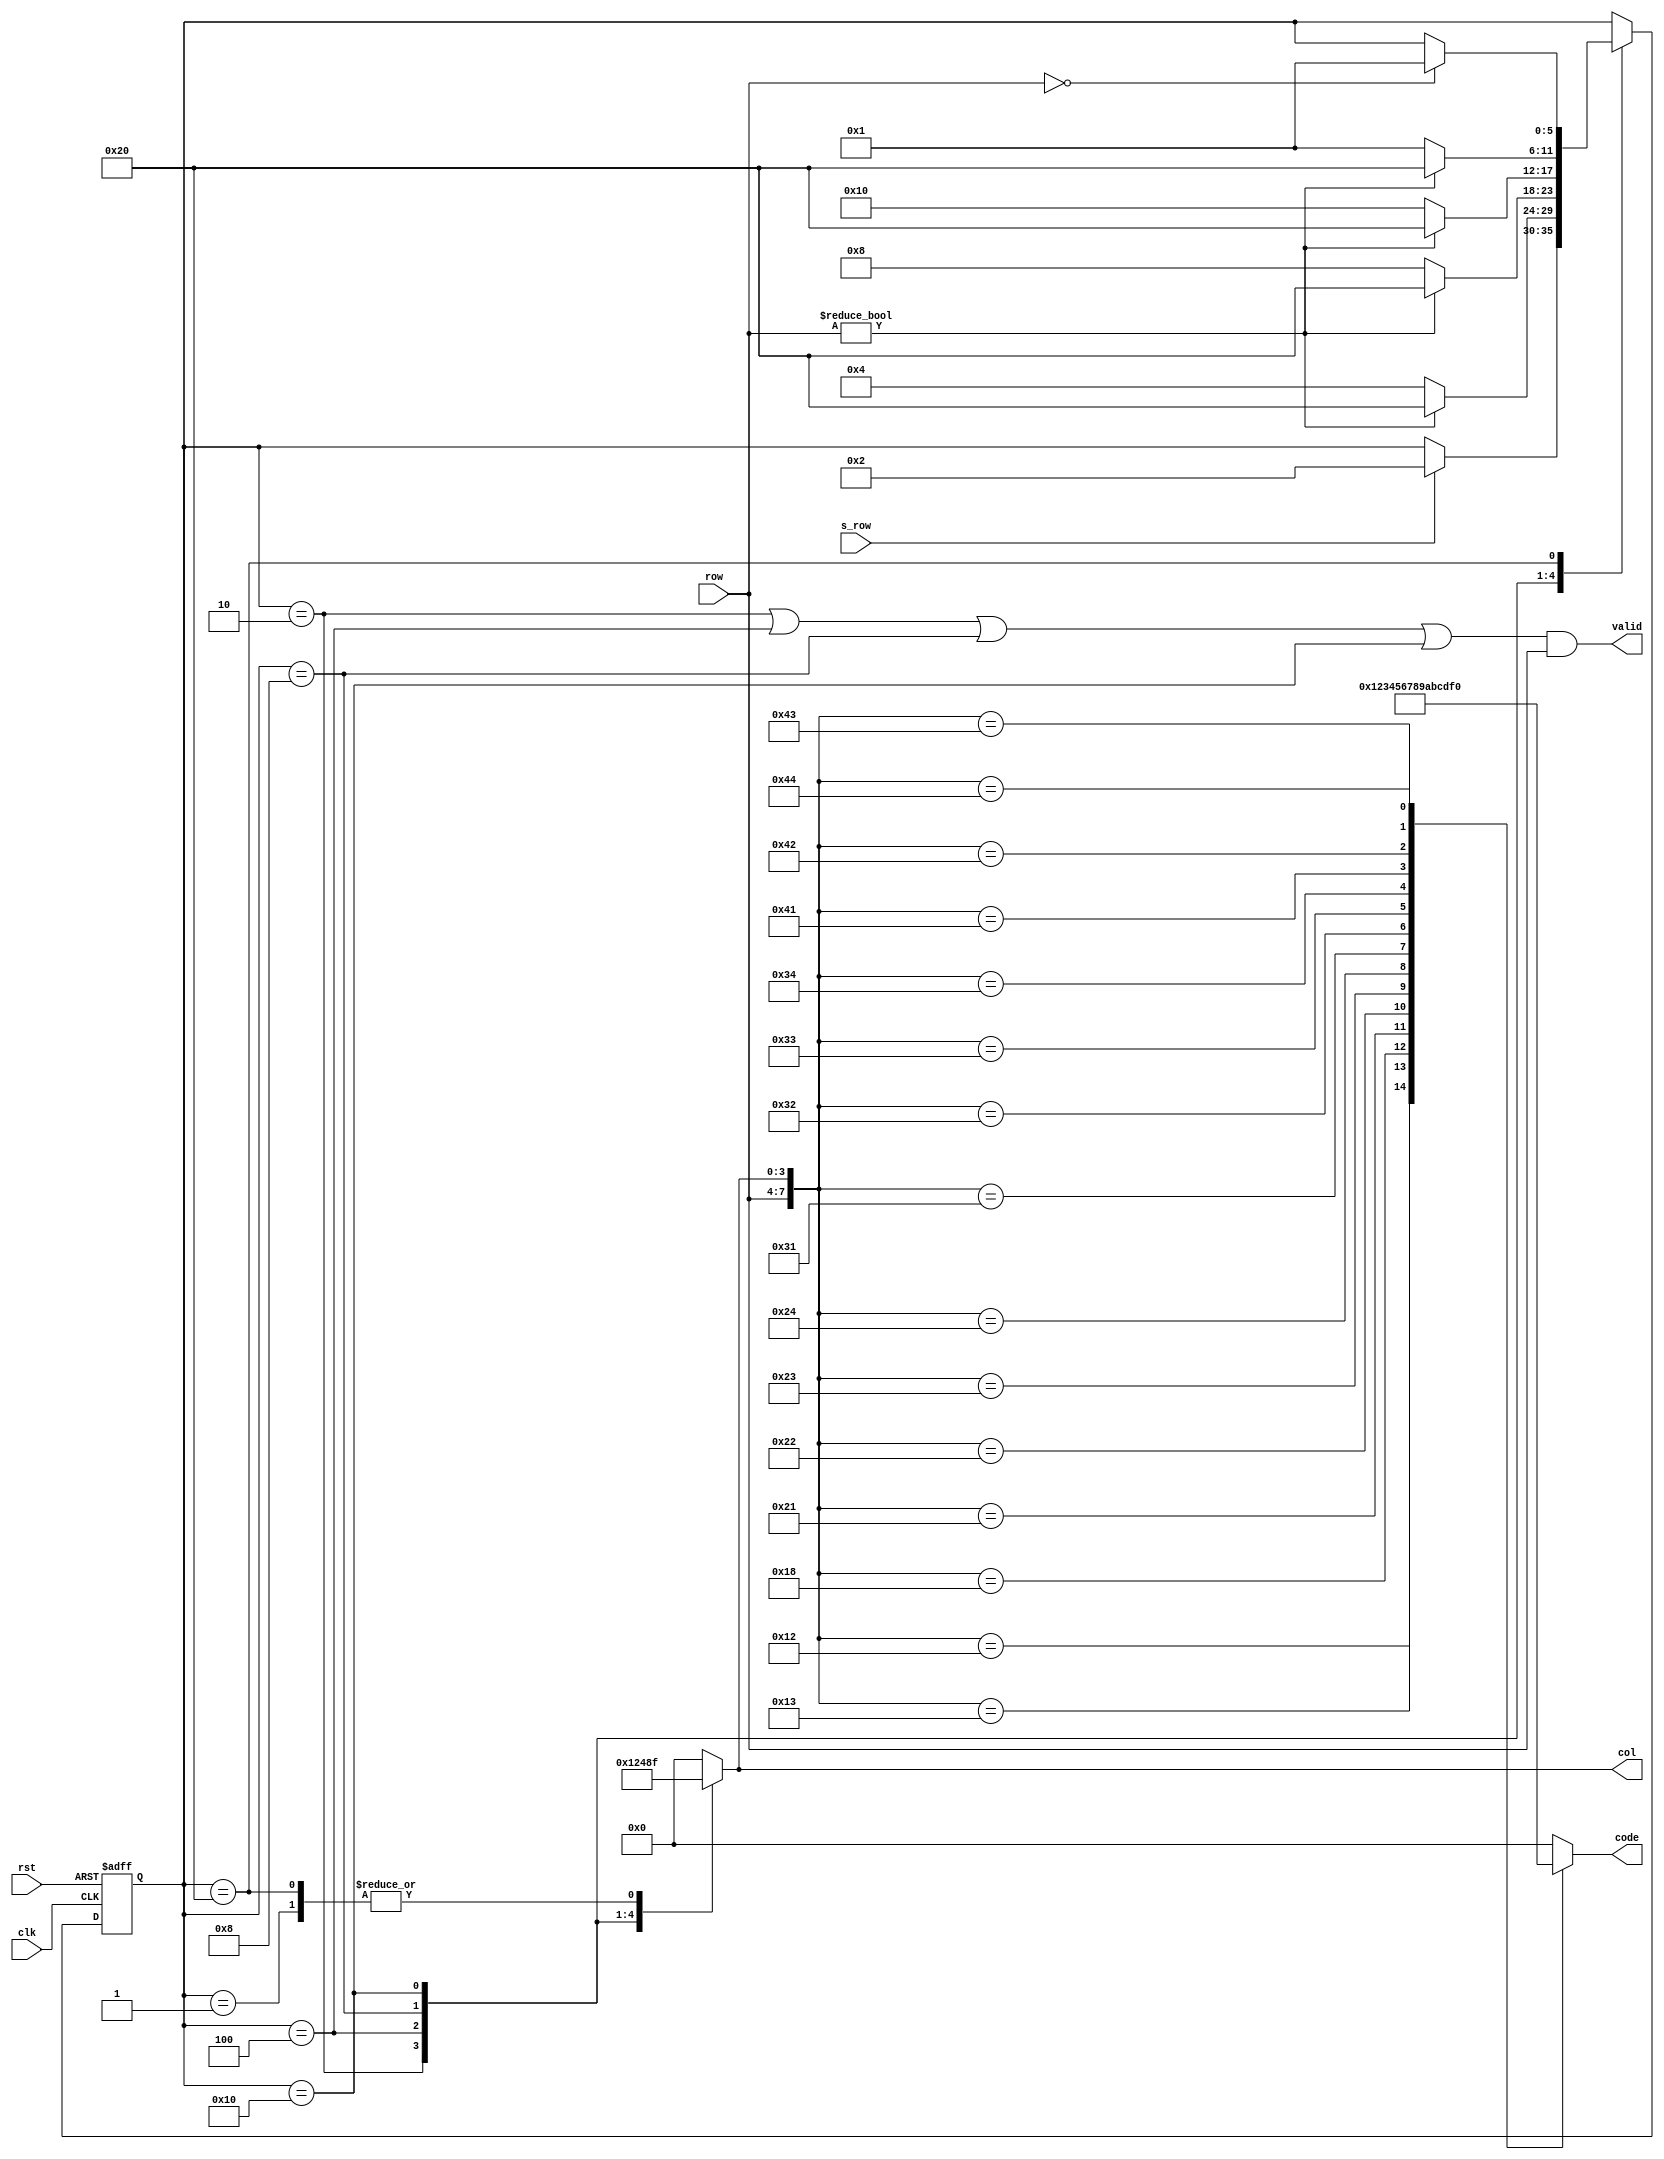
`timescale 1ns / 1ps
//////////////////////////////////////////////////////////////////////////////////
// Company: 
// Engineer: 
// 
// Design Name: 
// Module Name:    Hex_keyboard 
// Project Name: 
// Target Devices: 
// Tool versions: 
// Description: 
//
// Dependencies: 
//
// Revision: 
// Revision 0.01 - File Created
// Additional Comments: 
//
//////////////////////////////////////////////////////////////////////////////////
module Hex_keyboard(
    input [3:0]row,
	 input s_row,
    input clk,
    input rst,
   // input key,
    output valid,
    output reg[3:0]code,
    output reg[3:0]col
    );
	 
	 reg[5:0]state,next_state;
	 
	 parameter s0 =6'b000001;
	 parameter s1 =6'b000010;
	 parameter s2 =6'b000100;
	 parameter s3 =6'b001000;
	 parameter s4 =6'b010000;
	 parameter s5 =6'b100000;
	 
	 assign valid = (state == s1||state==s2||state==s3||state==s4)&&row;
	 always@(row or col)
	 case({row,col})
	        8'b0001_0001:code =0;
		8'b0001_0010:code =1;
		8'b0001_0011:code =2;
		8'b0001_1000:code =3;
		8'b0010_0001:code =4;
		8'b0010_0010:code =5;
		8'b0010_0011:code =6;
                8'b0010_0100:code =7;
		8'b0011_0001:code =8;
		8'b0011_0010:code =9;
		8'b0011_0011:code =10;//A
		8'b0011_0100:code =11;//B
		8'b0100_0001:code =12;//C
		8'b0100_0010:code =13;//D
		8'b0100_0011:code =14;//E
		8'b0100_0100:code =15;//F
		default:code=0;
	endcase
	always@(posedge clk or posedge rst)
	if(rst)state<=s0;
	else state<= next_state;
	always@(state or s_row or row)
	begin
	next_state = state;
	col=0;
	case(state)
	  s0:begin 
	     col=15;
		  if(s_row)
		   next_state=s1;
		  end
		  
	  s1:begin
	     col=1;
		  if(row)
		    next_state=s5;
		  else
			 next_state=s2;
		  end
		  
	  s2:begin
	     col=2;
		  if(row)
		    next_state=s5;
		  else
		    next_state=s3;
			 
		  end
		  
	  s3:begin
	     col=4;
		  if(row)
		    next_state=s5;
		  else
		    next_state=s4;
		  end
		  
	  s4:begin
	     col=8;
		  if(row)
		    next_state=s5;
		  else
		    next_state=s0;
		  end
		  
	  s5:begin
	     col=15;
		  if(row==0)
		   next_state=s0;
		  end
	endcase
end	
	

		

endmodule